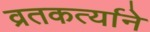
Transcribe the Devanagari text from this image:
व्रतकर्त्याने